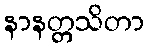
နာနတ္တသိတာ